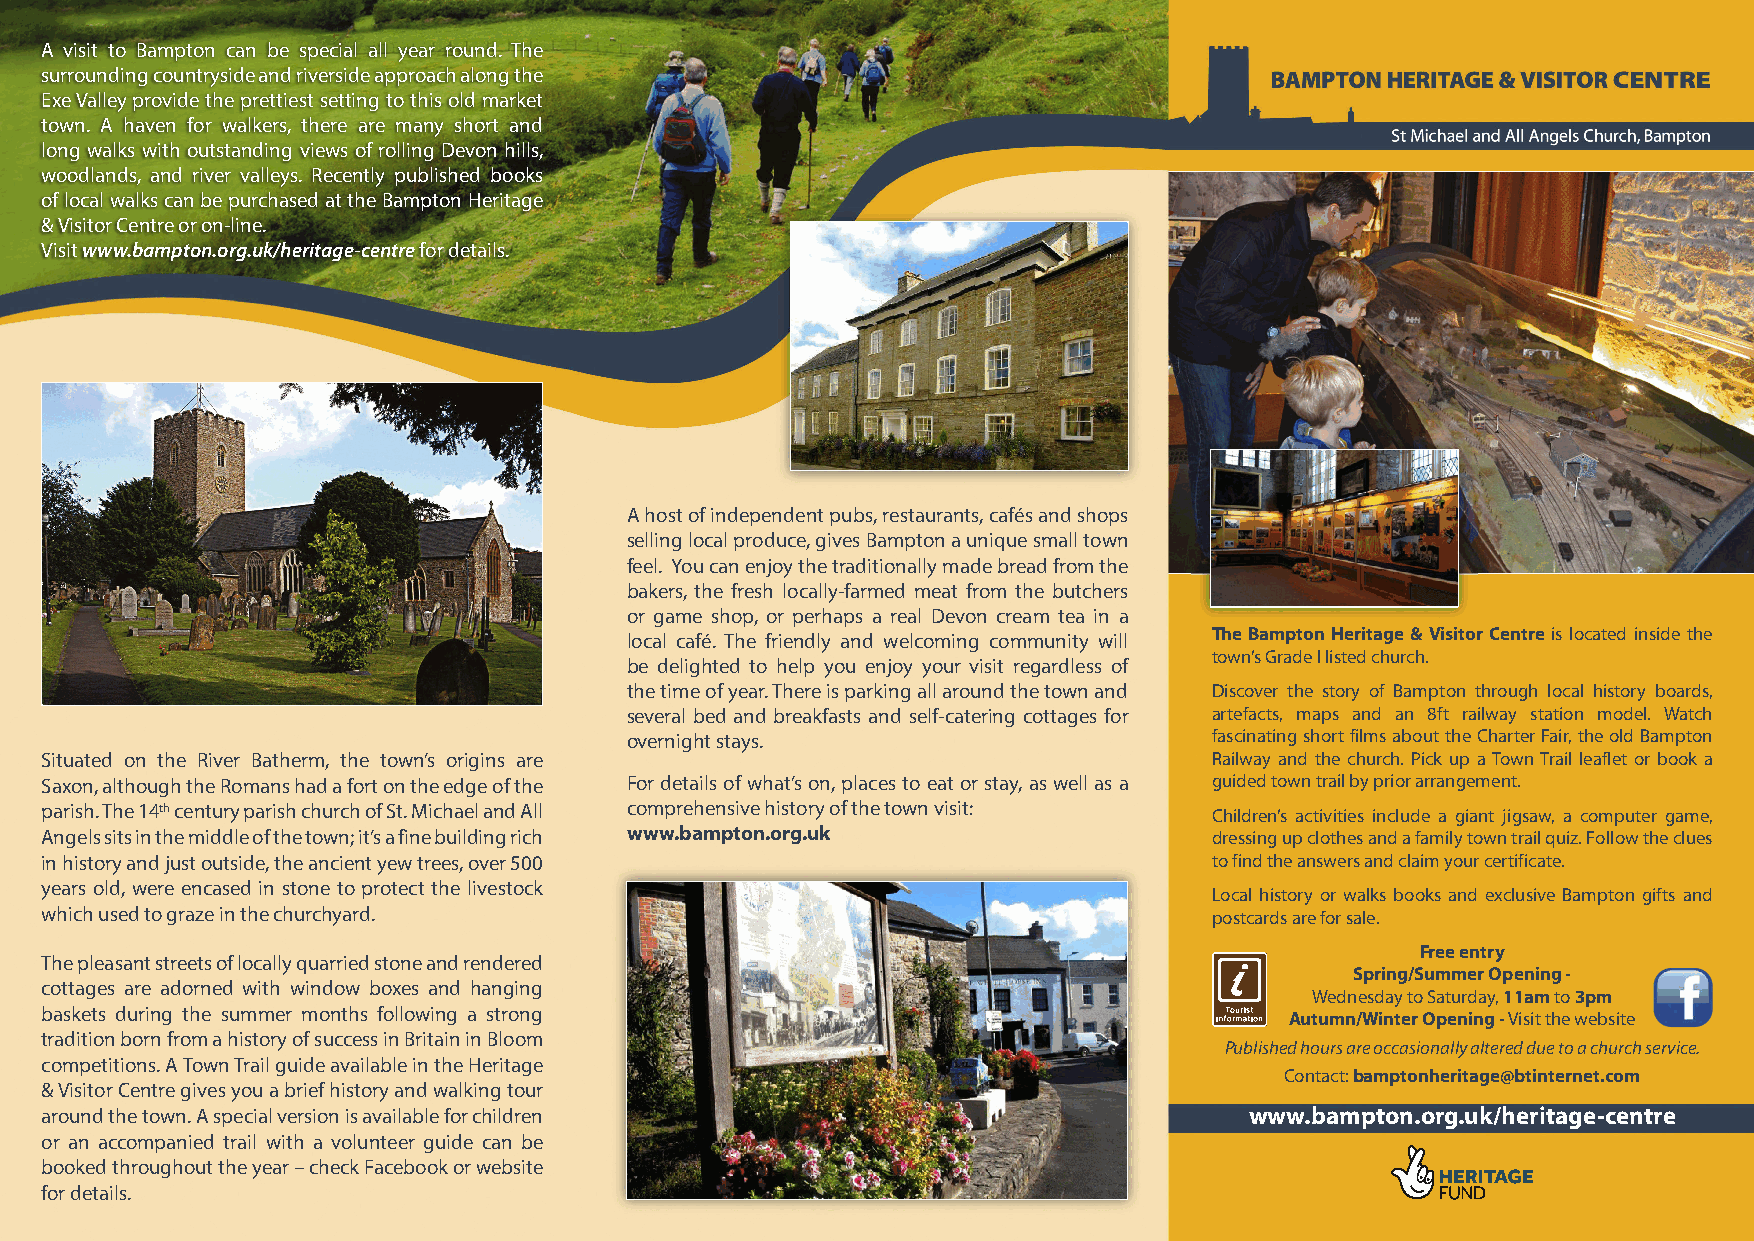
Visit Bampton 2015 6pp DL FINAL:Layout 1 27/04/2015 19:27 Page 4
 A visit to Bampton can be special all year round. The
 surrounding countryside and riverside approach along the
 Exe Valley provide the prettiest setting to this old market
 town. A haven for walkers, there are many short and
 long walks with outstanding views of rolling Devon hills,
 woodlands, and river valleys. Recently published books
 of local walks can be purchased at the Bampton Heritage
 & Visitor Centre or on-line.
 Visit www.bampton.org.uk/heritage-centre for details.
 A host of independent pubs, restaurants, cafés and shops
 selling local produce, gives Bampton a unique small town
 feel. You can enjoy the traditionally made bread from the
 bakers, the fresh locally-farmed meat from the butchers
 or game shop, or perhaps a real Devon cream tea in a
 local café. The friendly and welcoming community will The Bampton Heritage & Visitor Centre is located inside the
 town’s Grade I listed church.
 be delighted to help you enjoy your visit regardless of
 the time of year. There is parking all around the town and Discover the story of Bampton through local history boards,
 several bed and breakfasts and self-catering cottages for artefacts, maps and an 8ft railway station model. Watch
 overnight stays.                       fascinating short films about the Charter Fair, the old Bampton
 Situated on the River Batherm, the town’s origins are                        Railway and the church. Pick up a Town Trail leaflet or book a
 Saxon, although the Romans had a fort on the edge of the For details of what’s on, places to eat or stay, as well as a guided town trail by prior arrangement.
 parish. The 14th century parish church of St. Michael and All comprehensive history of the town visit: Children’s activities include a giant jigsaw, a computer game,
 Angels sits in the middle of the town; it’s a fine building rich www.bampton.org.uk dressing up clothes and a family town trail quiz. Follow the clues
 in history and just outside, the ancient yew trees, over 500                 to find the answers and claim your certificate.
 years old, were encased in stone to protect the livestock
 Local history or walks books and exclusive Bampton gifts and
 which used to graze in the churchyard.                                       postcards are for sale.
 Free entry
 The pleasant streets of locally quarried stone and rendered
 Spring/Summer Opening -
 cottages are adorned with window boxes and hanging
 Wednesday to Saturday, 11am to 3pm
 baskets during the summer months following a strong                               Autumn/Winter Opening - Visit the website
 tradition born from a history of success in Britain in Bloom
 Published hours are occasionally altered due to a church service.
 competitions. A Town Trail guide available in the Heritage
 Contact: bamptonheritage@btinternet.com
 & Visitor Centre gives you a brief history and walking tour
 around the town. A special version is available for children                    www.bampton.org.uk/heritage-centre
 or an accompanied trail with a volunteer guide can be
 booked throughout the year – check Facebook or website
 for details.